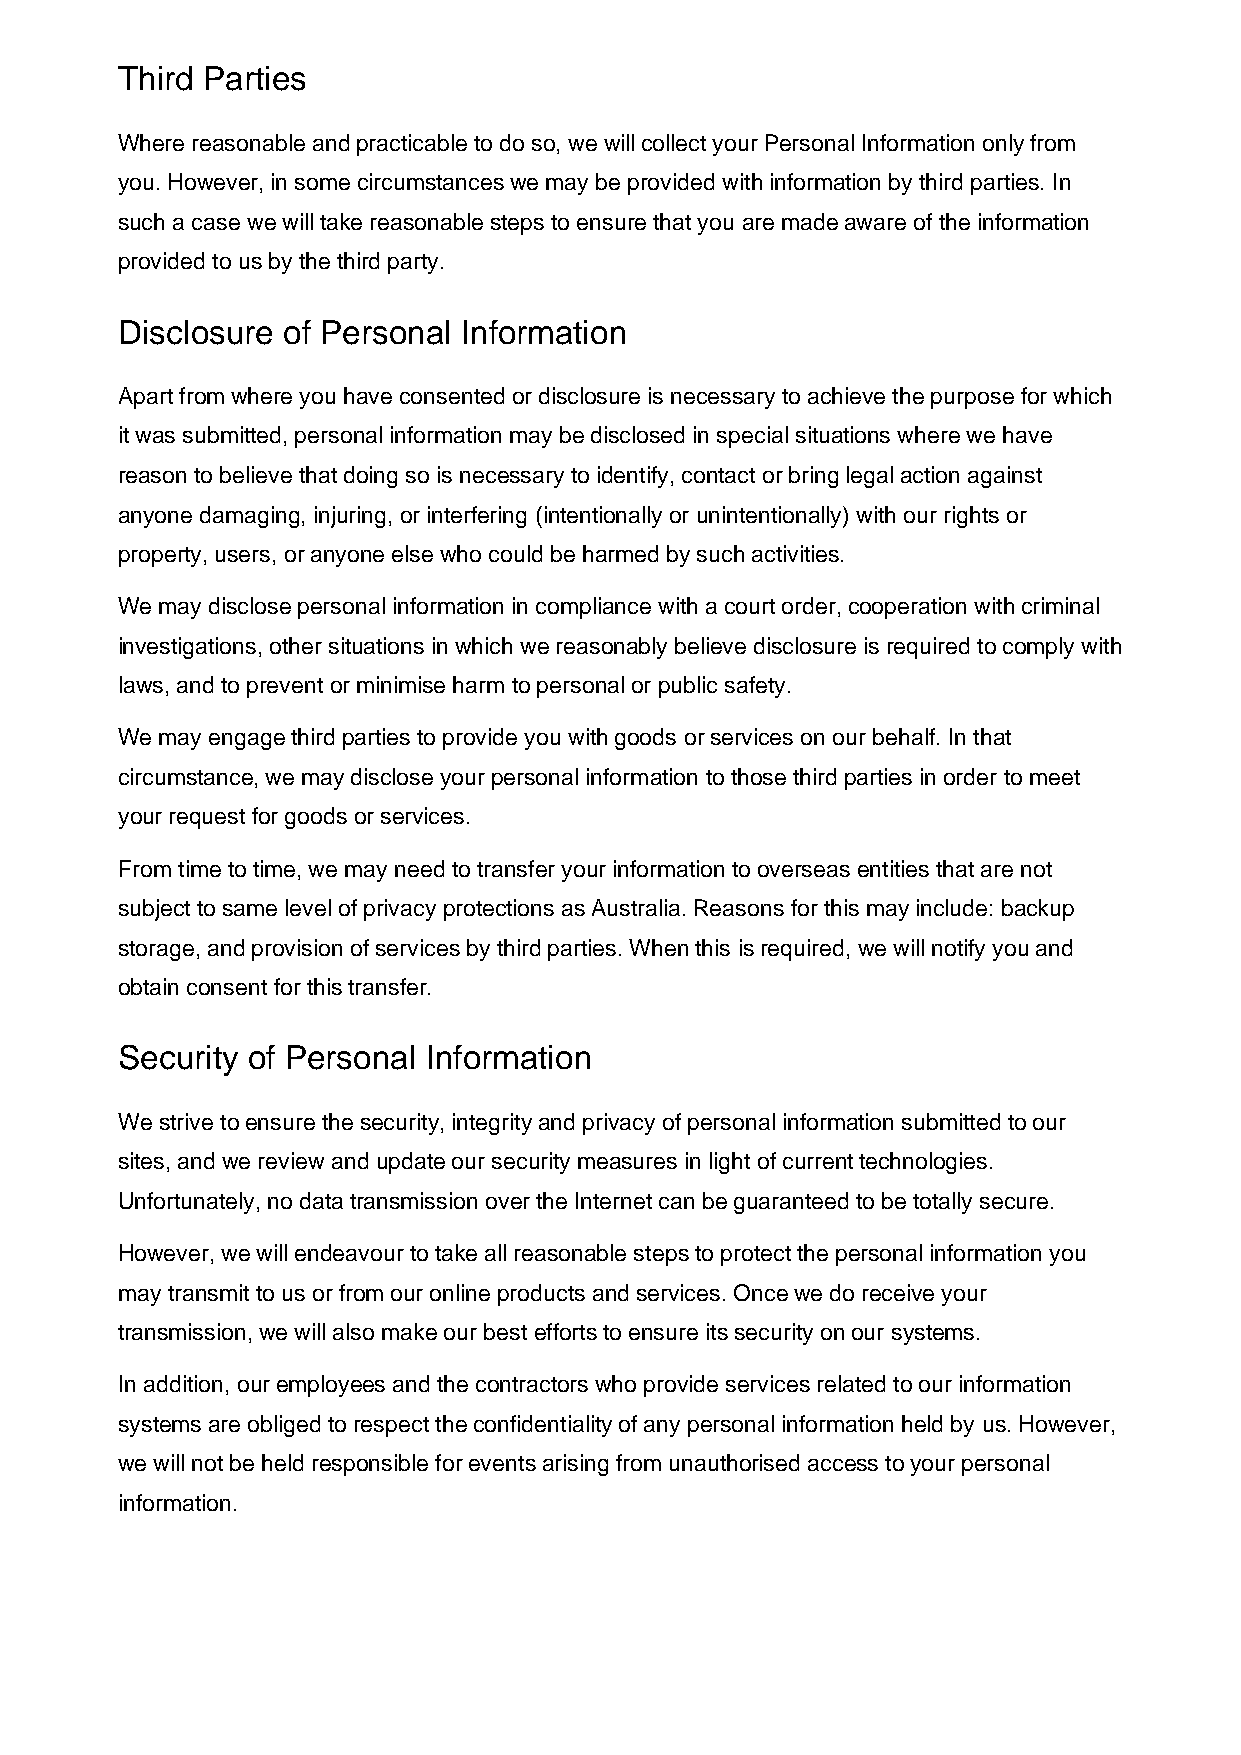
Third Parties
 Where reasonable and practicable to do so, we will collect your Personal Information only from
 you. However, in some circumstances we may be provided with information by third parties. In
 such a case we will take reasonable steps to ensure that you are made aware of the information
 provided to us by the third party.
 Disclosure of Personal Information
 Apart from where you have consented or disclosure is necessary to achieve the purpose for which
 it was submitted, personal information may be disclosed in special situations where we have
 reason to believe that doing so is necessary to identify, contact or bring legal action against
 anyone damaging, injuring, or interfering (intentionally or unintentionally) with our rights or
 property, users, or anyone else who could be harmed by such activities.
 We may disclose personal information in compliance with a court order, cooperation with criminal
 investigations, other situations in which we reasonably believe disclosure is required to comply with
 laws, and to prevent or minimise harm to personal or public safety.
 We may engage third parties to provide you with goods or services on our behalf. In that
 circumstance, we may disclose your personal information to those third parties in order to meet
 your request for goods or services.
 From time to time, we may need to transfer your information to overseas entities that are not
 subject to same level of privacy protections as Australia. Reasons for this may include: backup
 storage, and provision of services by third parties. When this is required, we will notify you and
 obtain consent for this transfer.
 Security of Personal Information
 We strive to ensure the security, integrity and privacy of personal information submitted to our
 sites, and we review and update our security measures in light of current technologies.
 Unfortunately, no data transmission over the Internet can be guaranteed to be totally secure.
 However, we will endeavour to take all reasonable steps to protect the personal information you
 may transmit to us or from our online products and services. Once we do receive your
 transmission, we will also make our best efforts to ensure its security on our systems.
 In addition, our employees and the contractors who provide services related to our information
 systems are obliged to respect the confidentiality of any personal information held by us. However,
 we will not be held responsible for events arising from unauthorised access to your personal
 information.